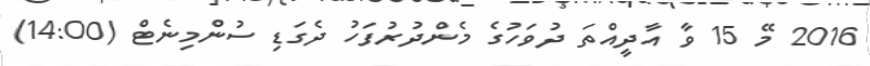
2016 މޭ 15 ވާ އާދީއްތަ ދުވަހުގެ މެންދުރުފަހު ދެގަޑި ސުންމިނެޓް (14:00)